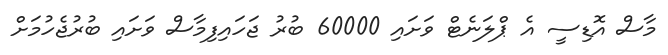
މާސް އޮޑިސީ އެ ޕްލަނެޓް ވަށައި 60000 ބުރު ޖަހައިފިމާސް ވަށައި ބުރުޖެހުމަށް